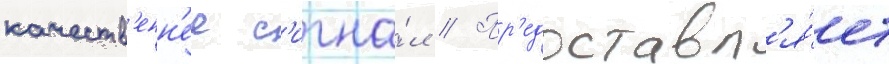
качеств'енн'ее с'игна́л // Пр'едоставл'я́ет